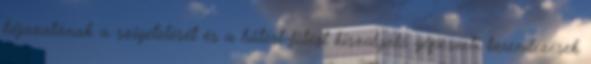
héjazatának a szigetelését és a hűtést-fűtést kiszolgáló gépészeti berendezések